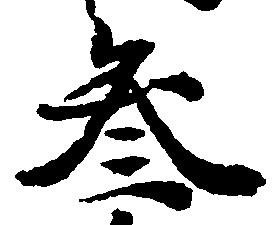
参